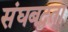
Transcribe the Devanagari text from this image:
संघबद्धता